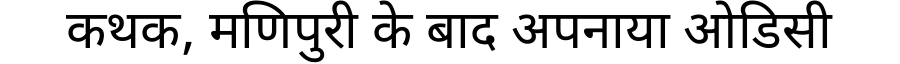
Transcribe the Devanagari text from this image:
कथक, मणिपुरी के बाद अपनाया ओडिसी